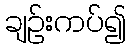
ချဉ်းကပ်၍